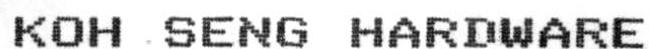
KOH SENG HARDWARE